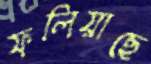
ফলিয়াছে